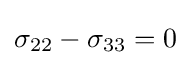
\sigma _{22}-\sigma _{33}=0